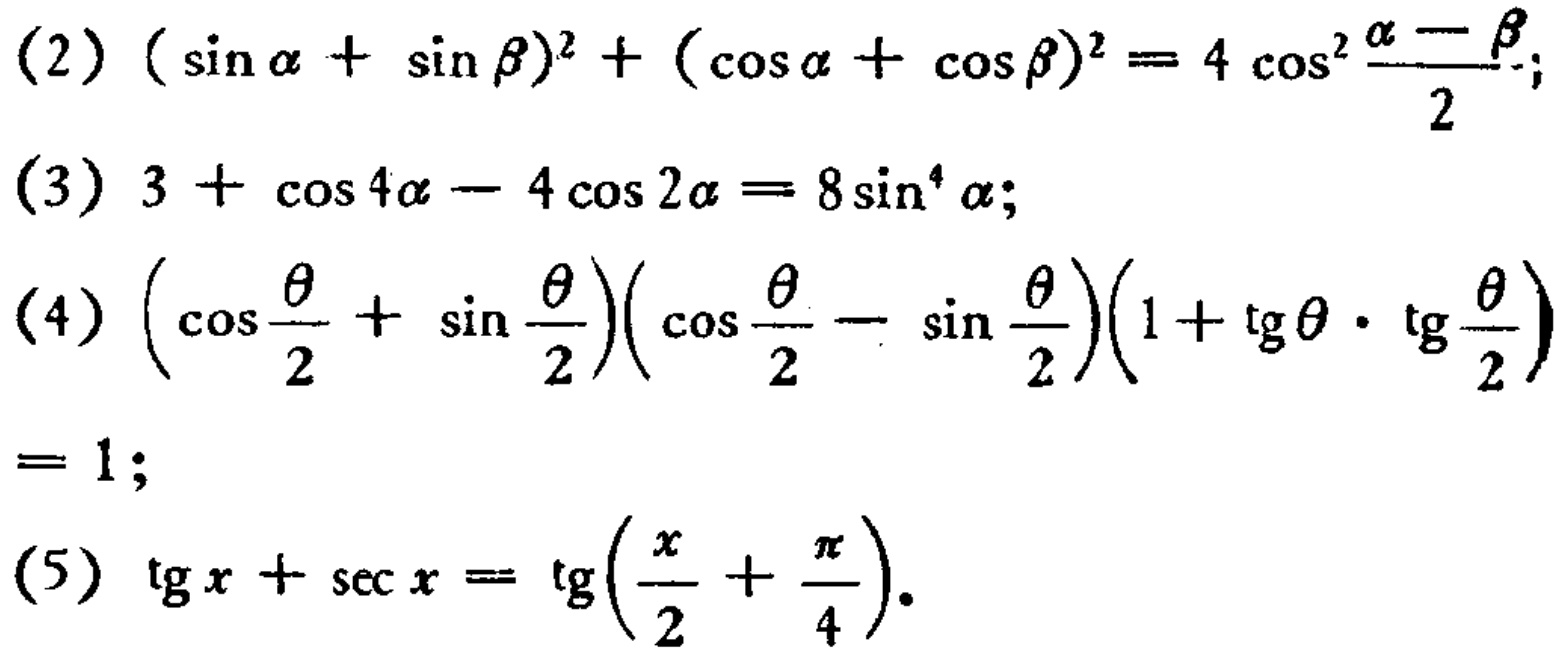
(2) \((\sin\alpha+\sin\beta)^2 + (\cos\alpha+\cos\beta)^2=4\cos^{2}\frac{\alpha - \beta}{2}\);

(3) \(3+\cos4\alpha - 4\cos2\alpha=8\sin^{4}\alpha\);

(4) \((\cos\frac{\theta}{2}+\sin\frac{\theta}{2})(\cos\frac{\theta}{2}-\sin\frac{\theta}{2})(1 + \tg\theta\cdot\tg\frac{\theta}{2})=1\);

(5) \(\tg x+\sec x=\tg(\frac{x}{2}+\frac{\pi}{4})\).